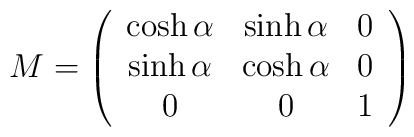
M = \left(\begin{array}{ccc}\cosh\alpha & \sinh\alpha & 0 \\\sinh\alpha & \cosh\alpha & 0 \\0 & 0 & 1\end{array}\right)